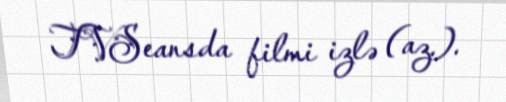
TVSeansda filmi izlə (az.).